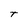
Character: t